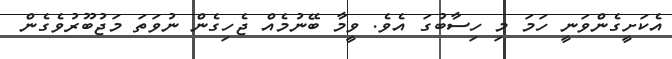
އެކަށީގެންވަނީ ހަމަ މި ހިސާބުގަ އެވެ. ވީމާ ބޭނުމެއް ޖެހިގެން ނުވަތަ މަޖުބޫރުވެގެން